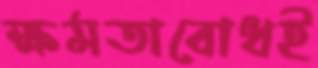
ক্ষমতাবোধই